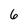
Character: 6